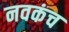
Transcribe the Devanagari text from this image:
नवकंच